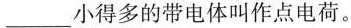
____小得多的带电体叫作点电荷。